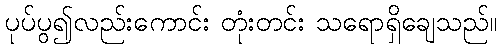
ပုပ်ပွ၍လည်းကောင်း တုံးတင်း သရောရှိချေသည်။